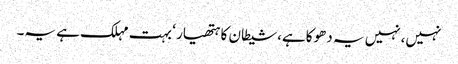
نہیں،نہیں یہ دھوکاہے،شیطان کا ہتھیار ‘ بہت مہلک ہے یہ۔